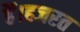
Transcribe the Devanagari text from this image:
हैं।हजरत